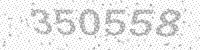
Solution: 350558